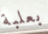
بعلبة